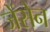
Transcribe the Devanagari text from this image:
जेंसेन